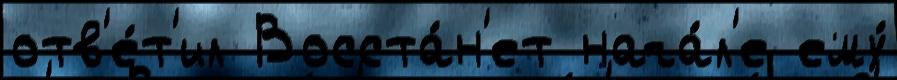
отв'е́т'ил Восста́н'ет нача́л'е ему́